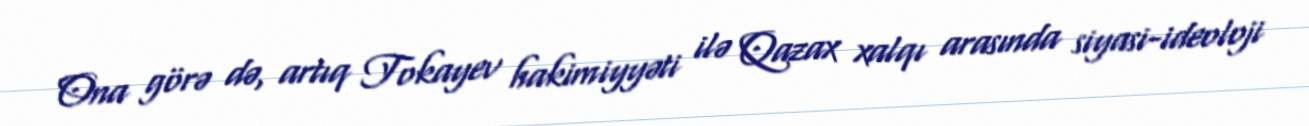
Ona görə də, artıq Tokayev hakimiyyəti ilə Qazax xalqı arasında siyasi-ideoloji